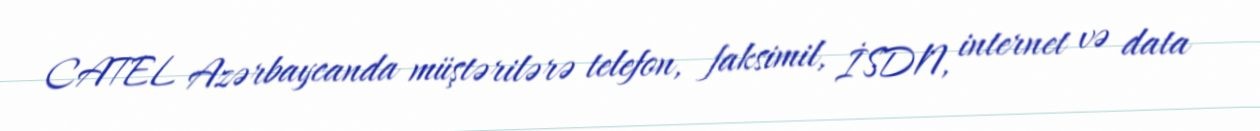
CATEL Azərbaycanda müştərilərə telefon, faksimil, İSDN, internet və data